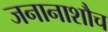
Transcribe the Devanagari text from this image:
जनानाशौच